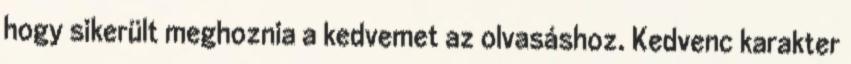
hogy sikerült meghoznia a kedvemet az olvasáshoz. Kedvenc karakter